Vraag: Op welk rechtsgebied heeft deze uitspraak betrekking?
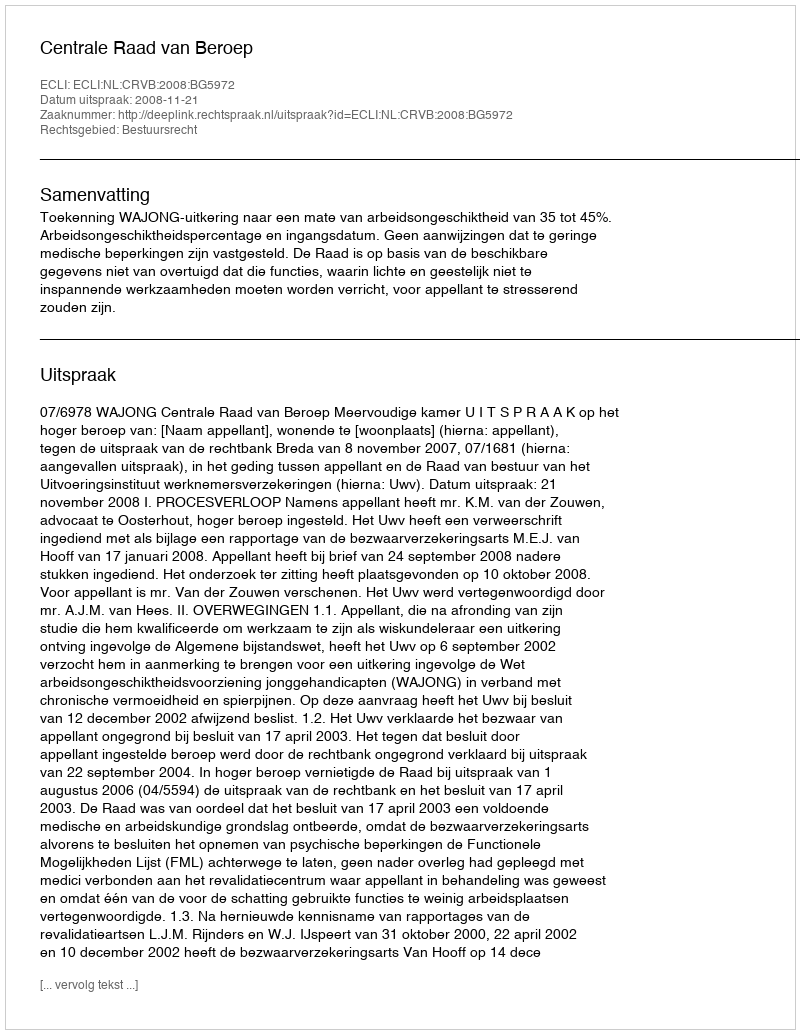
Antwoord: Bestuursrecht